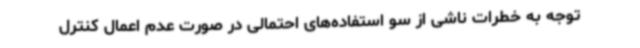
توجه به خطرات ناشی از سو استفاده‌های احتمالی در صورت عدم اعمال کنترل